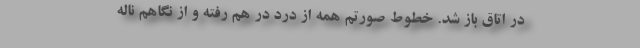
در اتاق باز شد. خطوط صورتم همه از درد در هم رفته و از نگاهم ناله